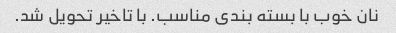
نان خوب با بسته بندی مناسب. با تاخیر تحویل شد.